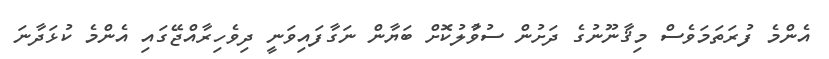
އެންމެ ފުރަތަމަވެސް މިޤާނޫނުގެ ދަށުން ސުވާުލުކޮށް ބަޔާން ނަގާފައިވަނީ ދިވެހިރާއްޖޭގައި އެންމެ ކުޅަދާނަ